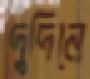
দুদিনে